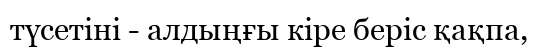
түсетіні - алдыңғы кіре беріс қақпа,